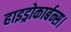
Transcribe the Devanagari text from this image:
हाइड्रोकार्बन्स।